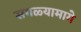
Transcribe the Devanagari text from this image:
सगळ्यामागे